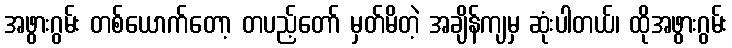
အဖွားဂွမ်း တစ်ယောက်တော့ တပည့်တော် မှတ်မိတဲ့ အချိန်ကျမှ ဆုံးပါတယ်၊ ထိုအဖွားဂွမ်း